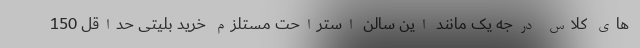
های کلاس درجه یک مانند این سالن استراحت مستلزم خرید بلیتی حداقل 150